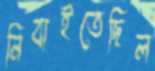
নিবাইতেছিল